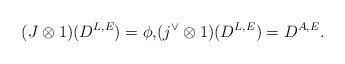
LaTeX: \begin{align*} (J \otimes 1)(D^{L,E}) = \phi, & (j^\vee \otimes 1)(D^{L,E}) = D^{A,E}.\end{align*}